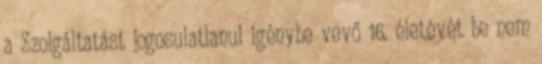
a Szolgáltatást jogosulatlanul igénybe vevő 16. életévét be nem